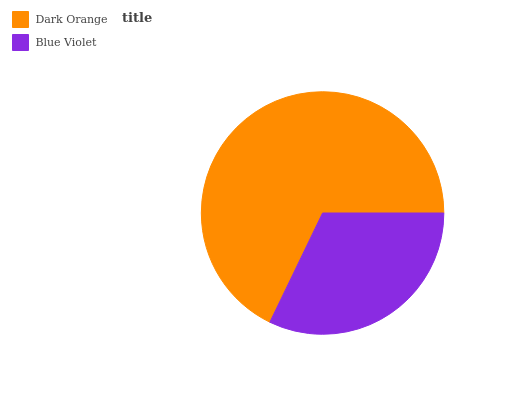
| Dark Orange | Blue Violet |
 | --- | --- |
 | 67.8% | 32.2% |